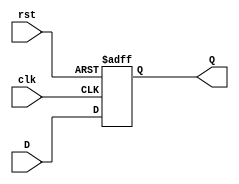
module DFF_4bit (D, clk, rst, Q);
  input [3:0] D;   // 4-bit data input
  input clk, rst;
  output reg [3:0] Q;   // 4-bit output

  always @(posedge clk or posedge rst)
    if (rst == 1)
      Q <= 4'b0000;
    else
      Q <= D;
endmodule